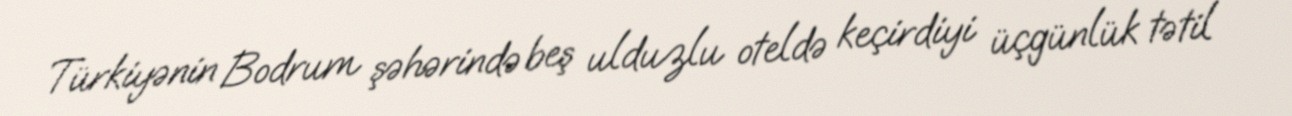
Türkiyənin Bodrum şəhərində beş ulduzlu oteldə keçirdiyi üçgünlük tətil